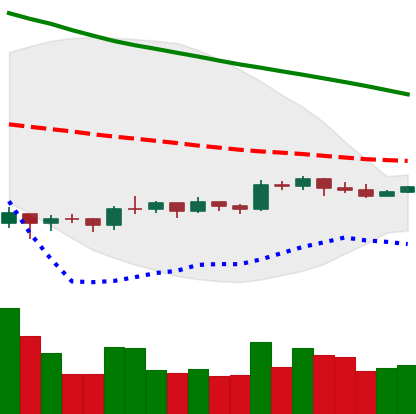
Ticker: EOS-USD
Chart end date: 2019-10-14
Forward return: -9.033%
Label: down_7plus